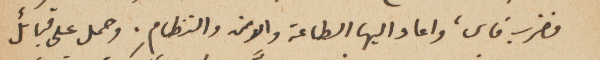
فضرب فاس، واعاد اليها الطاعة والامن والنظام. وحمل على قبائل